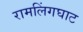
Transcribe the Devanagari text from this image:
रामलिंगघाट